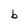
Character: b